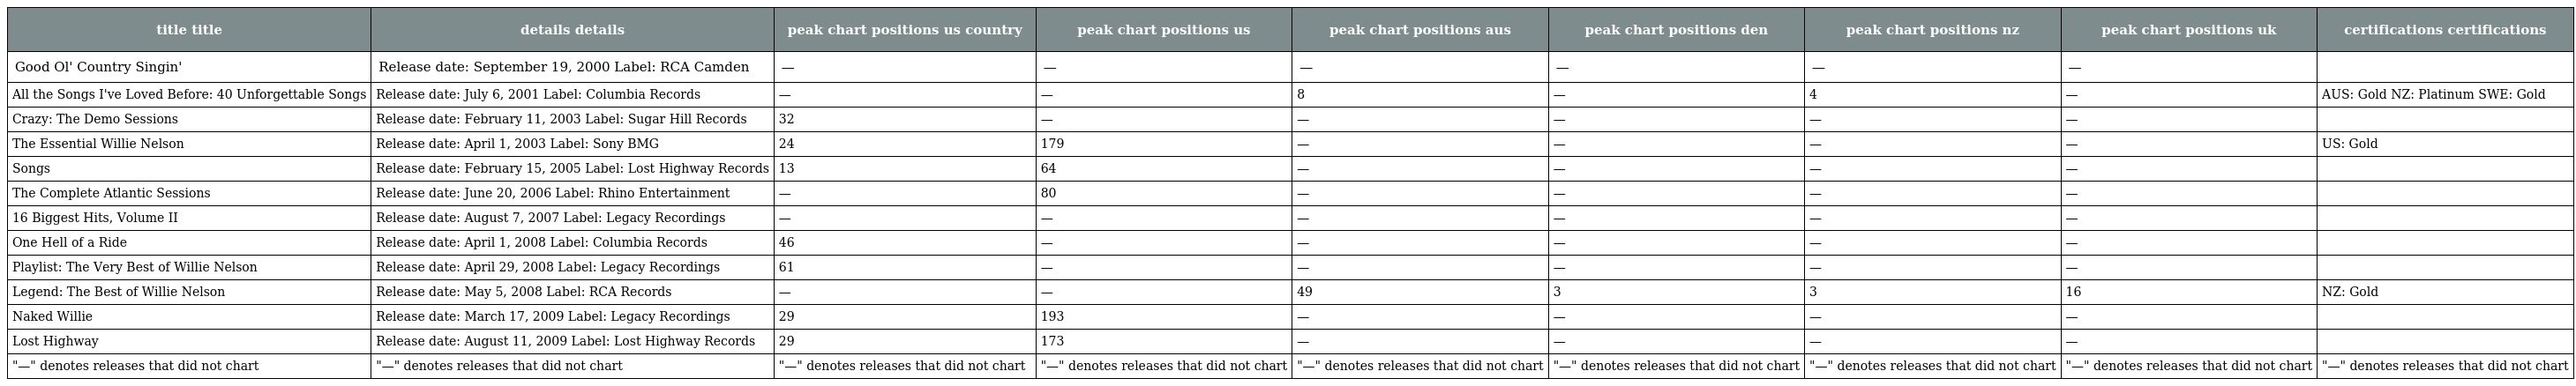
| title title | details details | peak chart positions us country | peak chart positions us | peak chart positions aus | peak chart positions den | peak chart positions nz | peak chart positions uk | certifications certifications |
 | --- | --- | --- | --- | --- | --- | --- | --- | --- |
 | Good Ol' Country Singin' | Release date: September 19, 2000 Label: RCA Camden | — | — | — | — | — | — |  |
 | All the Songs I've Loved Before: 40 Unforgettable Songs | Release date: July 6, 2001 Label: Columbia Records | — | — | 8 | — | 4 | — | AUS: Gold NZ: Platinum SWE: Gold |
 | Crazy: The Demo Sessions | Release date: February 11, 2003 Label: Sugar Hill Records | 32 | — | — | — | — | — |  |
 | The Essential Willie Nelson | Release date: April 1, 2003 Label: Sony BMG | 24 | 179 | — | — | — | — | US: Gold |
 | Songs | Release date: February 15, 2005 Label: Lost Highway Records | 13 | 64 | — | — | — | — |  |
 | The Complete Atlantic Sessions | Release date: June 20, 2006 Label: Rhino Entertainment | — | 80 | — | — | — | — |  |
 | 16 Biggest Hits, Volume II | Release date: August 7, 2007 Label: Legacy Recordings | — | — | — | — | — | — |  |
 | One Hell of a Ride | Release date: April 1, 2008 Label: Columbia Records | 46 | — | — | — | — | — |  |
 | Playlist: The Very Best of Willie Nelson | Release date: April 29, 2008 Label: Legacy Recordings | 61 | — | — | — | — | — |  |
 | Legend: The Best of Willie Nelson | Release date: May 5, 2008 Label: RCA Records | — | — | 49 | 3 | 3 | 16 | NZ: Gold |
 | Naked Willie | Release date: March 17, 2009 Label: Legacy Recordings | 29 | 193 | — | — | — | — |  |
 | Lost Highway | Release date: August 11, 2009 Label: Lost Highway Records | 29 | 173 | — | — | — | — |  |
 | "—" denotes releases that did not chart | "—" denotes releases that did not chart | "—" denotes releases that did not chart | "—" denotes releases that did not chart | "—" denotes releases that did not chart | "—" denotes releases that did not chart | "—" denotes releases that did not chart | "—" denotes releases that did not chart | "—" denotes releases that did not chart |